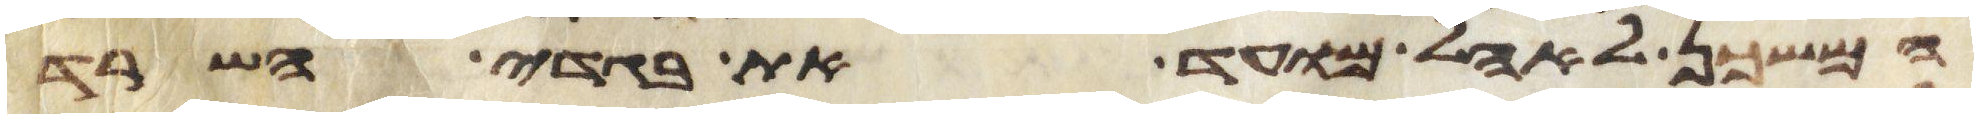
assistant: המשכן לאהל מועד את בגדי השרד